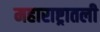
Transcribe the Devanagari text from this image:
महाराष्ट्रातली